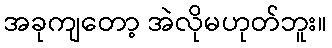
အခုကျတော့ အဲလိုမဟုတ်ဘူး။